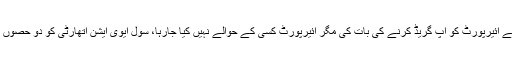
انہوں نے کہا کہ قطر سے ائیرپورٹ کو اپ گریڈ کرنے کی بات کی مگر ائیرپورٹ کسی کے حوالے نہیں کیا جارہا، سول ایوی ایشن اتھارٹی کو دو حصوں میں تقسیم کیا جارہا ہے۔